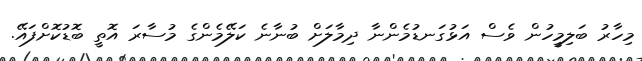
މިހާރު ބަލިމީހުން ވެސް އަޅުގަނޑުމެންނާ ދިމާލަށް ބުނާނެ ކަލޭމެންގެ މުސާރަ އޮތީ ބޮޑުކޮށްފައޭ.